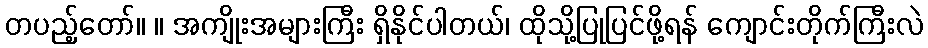
တပည့်တော်။ ။ အကျိုးအများကြီး ရှိနိုင်ပါတယ်၊ ထိုသို့ပြုပြင်ဖို့ရန် ကျောင်းတိုက်ကြီးလဲ